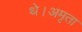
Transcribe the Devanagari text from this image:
थे।अमृता